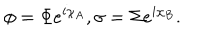
\phi = \Phi e ^ { i \chi _ { A } } , \sigma = \Sigma e ^ { i \chi _ { B } } .